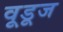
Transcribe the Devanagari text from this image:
वूडूज